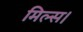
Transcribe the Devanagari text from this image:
मिल्स।